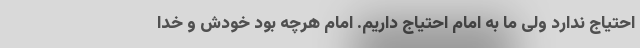
احتیاج ندارد ولی ما به امام احتیاج داریم. امام هرچه بود خودش و خدا